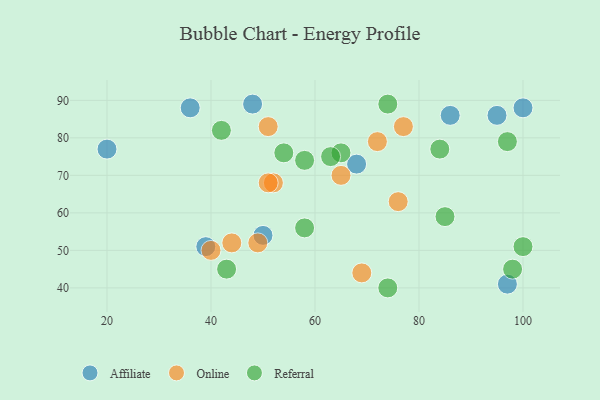
{"axis": {"x": "GDP", "y": "Life Expectancy"}, "legend": ["Affiliate", "Online", "Referral"], "data": [{"x": "68", "y": 73, "type": "Affiliate"}, {"x": "86", "y": 86, "type": "Affiliate"}, {"x": "50", "y": 54, "type": "Affiliate"}, {"x": "100", "y": 88, "type": "Affiliate"}, {"x": "39", "y": 51, "type": "Affiliate"}, {"x": "95", "y": 86, "type": "Affiliate"}, {"x": "36", "y": 88, "type": "Affiliate"}, {"x": "48", "y": 89, "type": "Affiliate"}, {"x": "20", "y": 77, "type": "Affiliate"}, {"x": "97", "y": 41, "type": "Affiliate"}, {"x": "44", "y": 52, "type": "Online"}, {"x": "76", "y": 63, "type": "Online"}, {"x": "72", "y": 79, "type": "Online"}, {"x": "69", "y": 44, "type": "Online"}, {"x": "52", "y": 68, "type": "Online"}, {"x": "51", "y": 83, "type": "Online"}, {"x": "77", "y": 83, "type": "Online"}, {"x": "49", "y": 52, "type": "Online"}, {"x": "65", "y": 70, "type": "Online"}, {"x": "40", "y": 50, "type": "Online"}, {"x": "51", "y": 68, "type": "Online"}, {"x": "84", "y": 77, "type": "Referral"}, {"x": "42", "y": 82, "type": "Referral"}, {"x": "65", "y": 76, "type": "Referral"}, {"x": "54", "y": 76, "type": "Referral"}, {"x": "63", "y": 75, "type": "Referral"}, {"x": "43", "y": 45, "type": "Referral"}, {"x": "74", "y": 40, "type": "Referral"}, {"x": "74", "y": 89, "type": "Referral"}, {"x": "98", "y": 45, "type": "Referral"}, {"x": "100", "y": 51, "type": "Referral"}, {"x": "58", "y": 74, "type": "Referral"}, {"x": "97", "y": 79, "type": "Referral"}, {"x": "85", "y": 59, "type": "Referral"}, {"x": "58", "y": 56, "type": "Referral"}]}